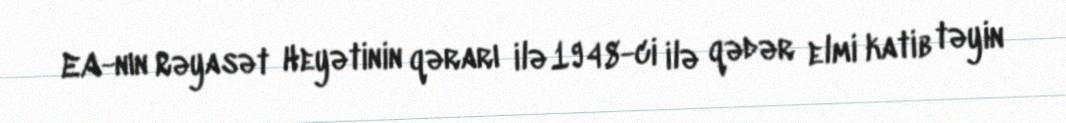
EA-nın Rəyasət Heyətinin qərarı ilə 1948-ci ilə qədər elmi katib təyin